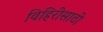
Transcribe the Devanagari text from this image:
विहिरींसाठी